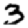
Digit: 3